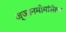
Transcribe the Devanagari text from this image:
ज्ञानमीमांसेला